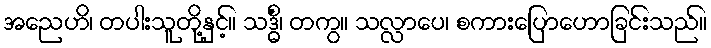
အညေဟိ၊ တပါးသူတို့နှင့်။ သဒ္ဓိံ၊ တကွ။ သလ္လာပေ၊ စကားပြောဟောခြင်းသည်။